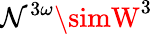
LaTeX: \mathcal{N}^{3\omega}\simW^{3}